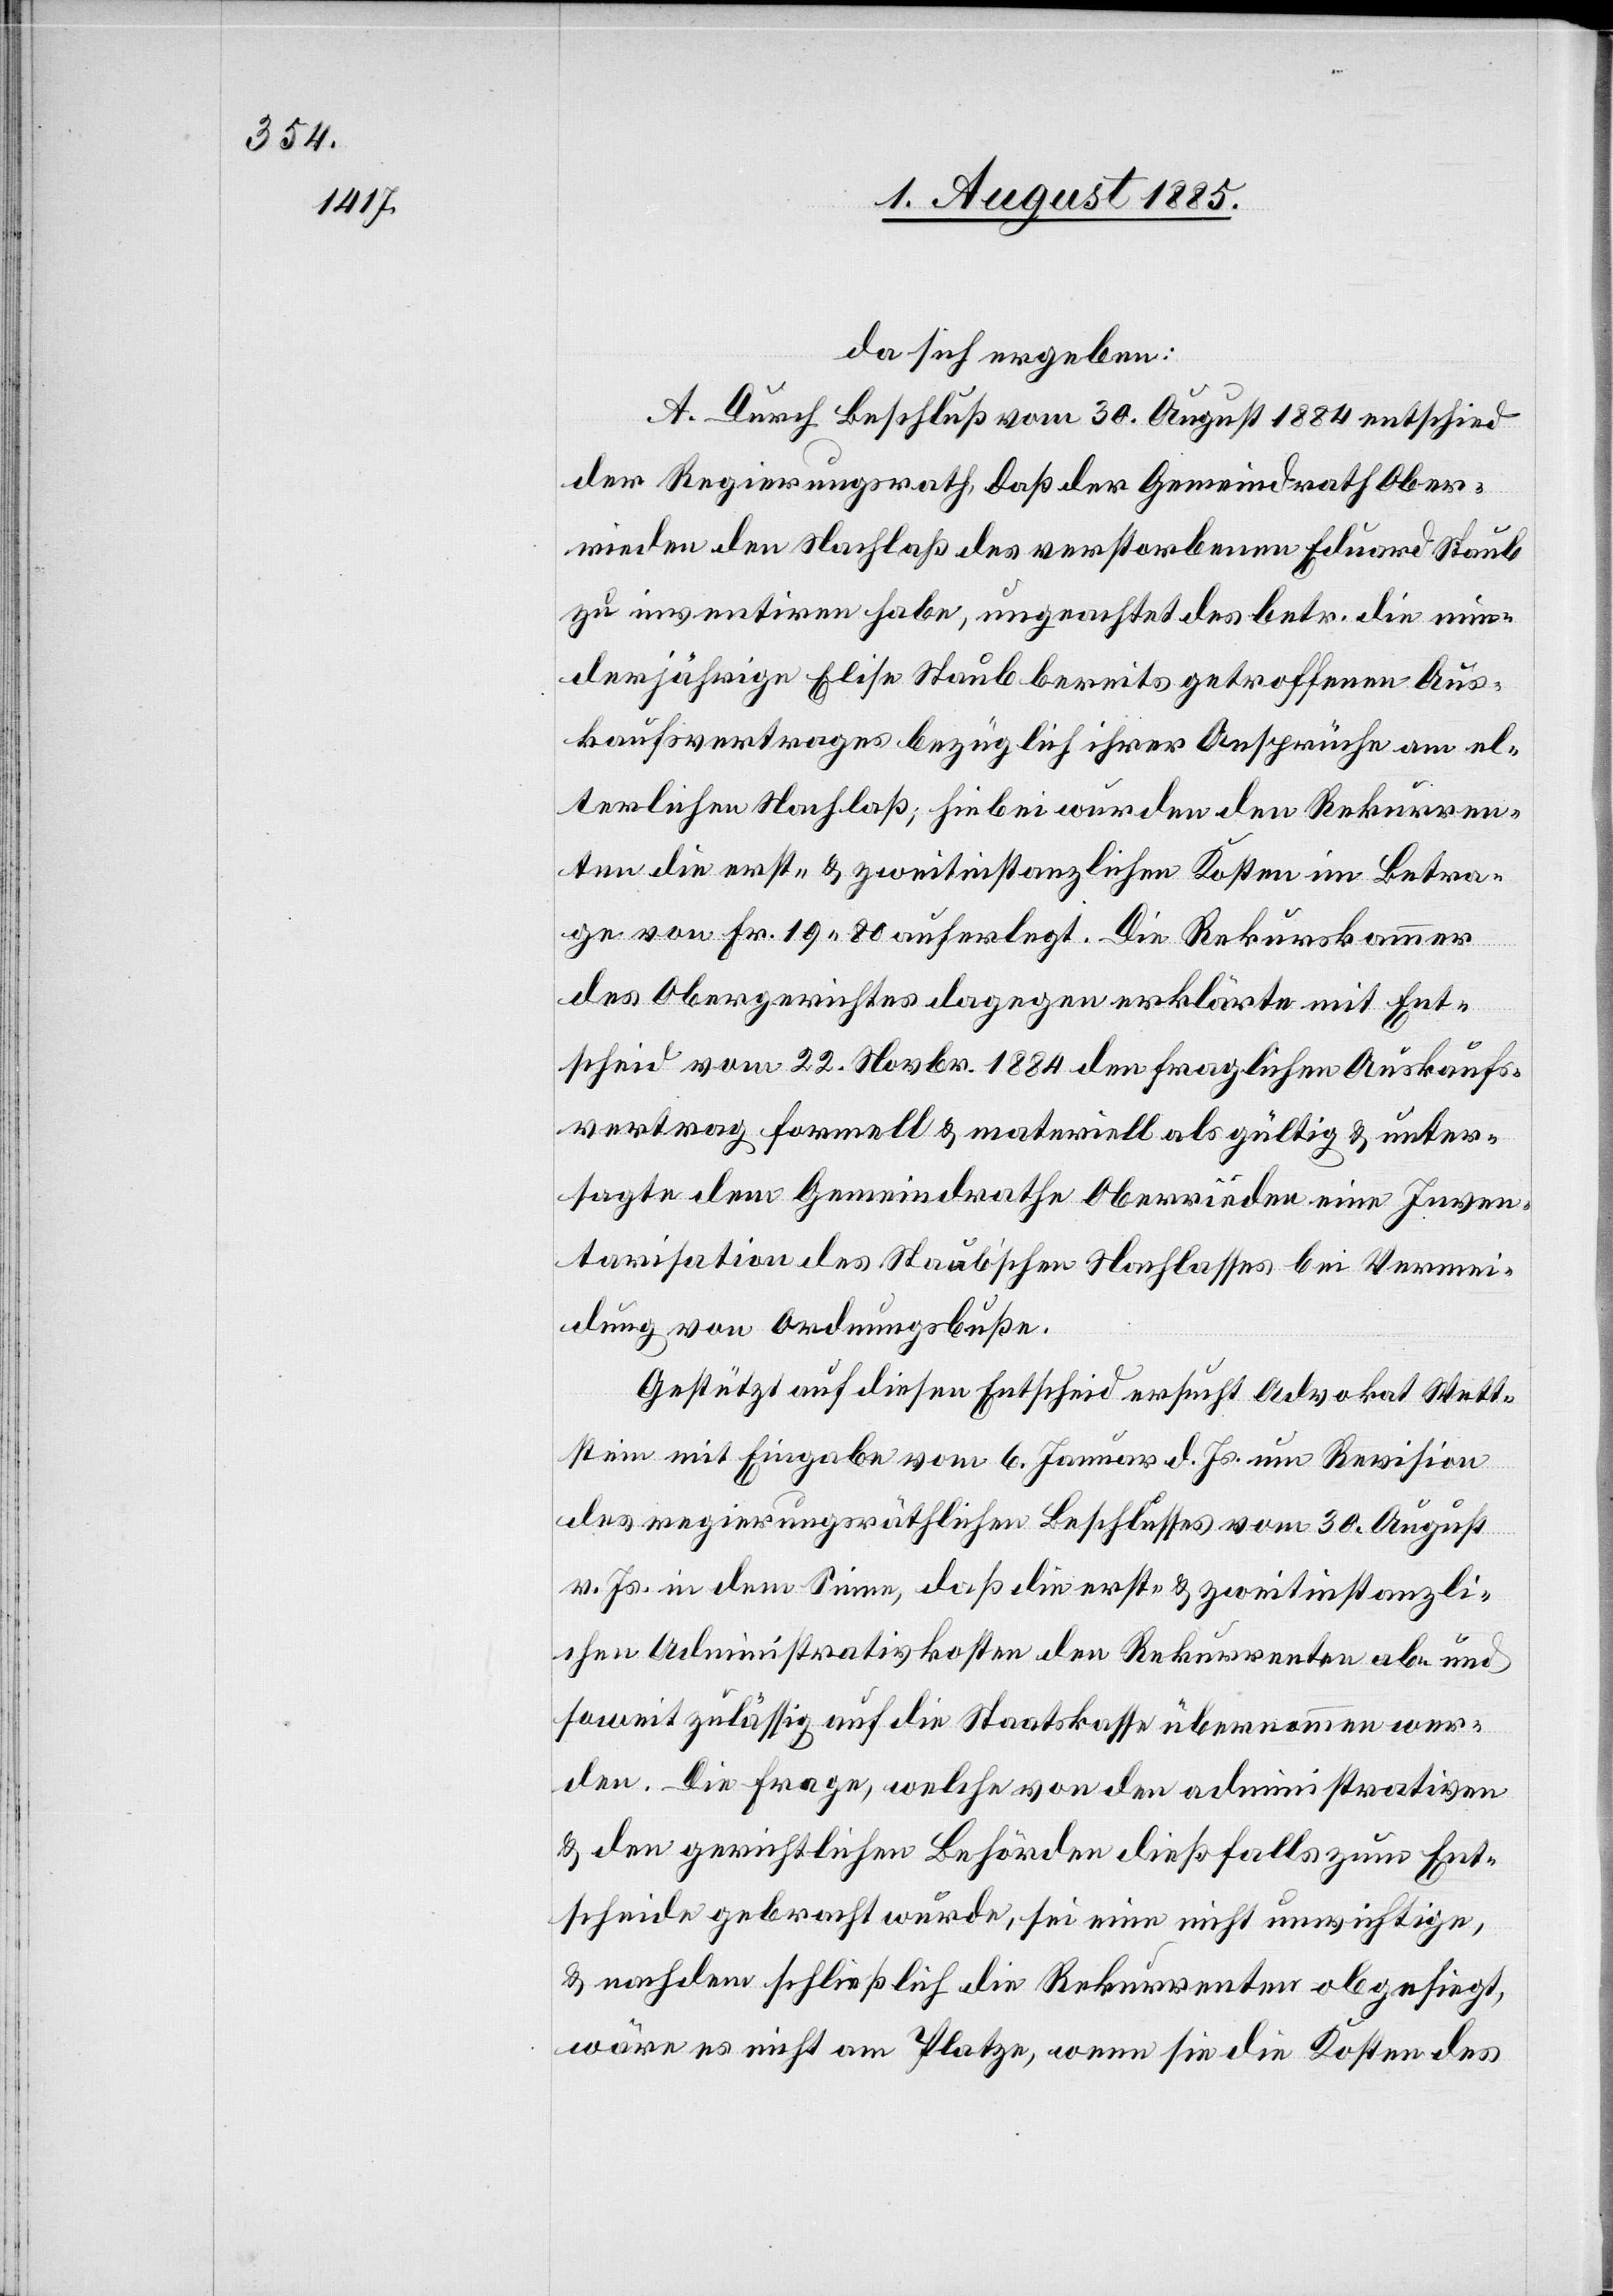
da sich ergeben:
A. Durch Beschluß vom 30. August 1884 entschied
der Regierungsrath, daß der Gemeindrath Ober¬
rieden den Nachlaß des verstorbenen Eduard Staub
zu inventiren habe, ungeachtet des betr. die min¬
derjährige Elise Staub bereits getroffenen Aus¬
kaufsvertrages bezüglich ihrer Ansprüche am el¬
terlichen Nachlaß; hiebei wurden den Rekurren¬
ten die erst- & zweitinstanzlichen Kosten im Betra¬
ge von Fr. 19 80 auferlegt. Die Rekurskammer
des Obergerichtes dagegen erklärte mit Ent¬
scheid vom 22. Novbr. 1884 den fraglichen Auskaufs¬
vertrag formell & materiell als gültig & unter¬
sagte dem Gemeindrathe Oberrieden eine Inven¬
tarisation des Staub’schen Nachlasses bei Vermei¬
dung von Ordnungsbuße.
Gestützt auf diesen Entscheid ersucht Advokat Wett¬
stein mit Eingabe vom 6. Januar d. Js. um Revision
des regierungsräthlichen Beschlusses vom 30. August
v. Js. in dem Sinne, daß die erst- & zweitinstanzli¬
chen Administrativkosten den Rekurrenten ab- und
soweit zulässig auf die Staatskasse übernommen wer¬
den. Die Frage, welche von den administrativen
& den gerichtlichen Behörden dießfalls zum Ent¬
scheide gebracht wurde, sei eine nicht unwichtige,
& nachdem schließlich die Rekurrenten obgesiegt,
wäre es nicht am Platze, wenn sie die Kosten des